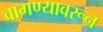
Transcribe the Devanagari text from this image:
वागण्यावरून